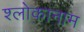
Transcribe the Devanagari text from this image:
श्लोकानाम